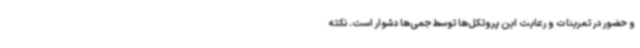
و حضور در تمرینات و رعایت این پروتکل‌ها توسط جمی‌ها دشوار است. نکته